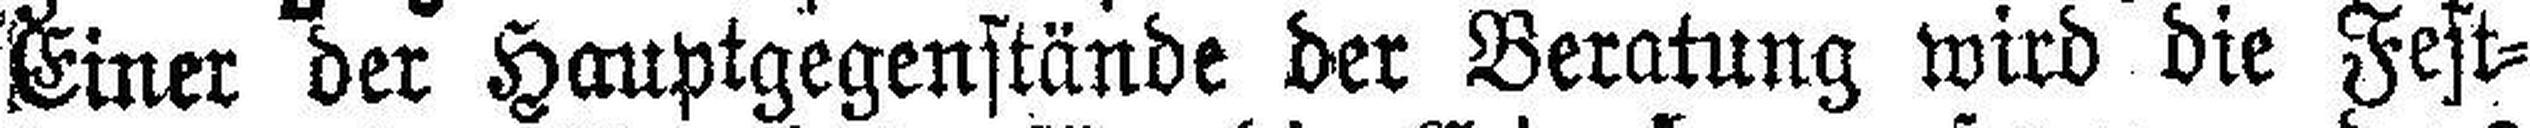
Einer der Hauptgegenstände der Beratung wird die Fest¬